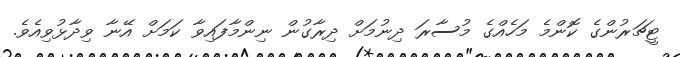
ޓީޗަރުންގެ ކޮންމެ މަހެއްގެ މުސާރަ ދިނުމަށް ދިރާގުން ނިންމާފައިވާ ކަމަށް އޭނާ ވިދާޅުވިއެވެ.